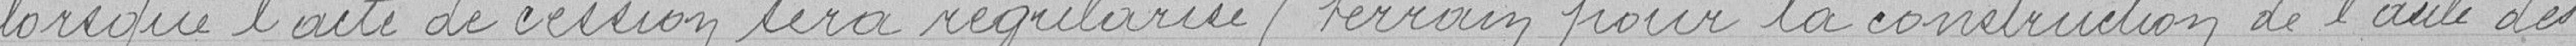
lorsque l'aide de cession sera régularisé / terrain pour la construction de l'asile des